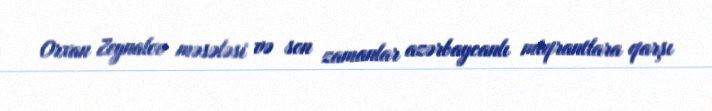
Orxan Zeynalov məsələsi və son zamanlar azərbaycanlı miqrantlara qarşı